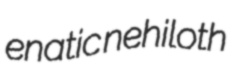
enatic nehiloth